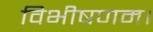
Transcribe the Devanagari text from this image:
विभीषणम।